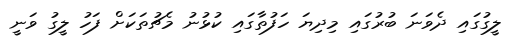
ލީގުގައި ދެވަނަ ބުރުގައި މިދިޔަ ހަފުތާގައި ކުޅުނު މެޗުތަކަށް ފަހު ލީގު ވަނީ